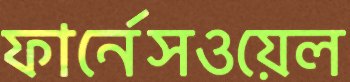
ফার্নেসওয়েল